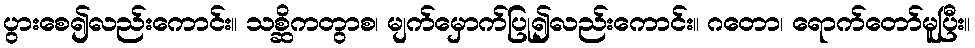
ပွားစေ၍လည်းကောင်း။ သစ္ဆိကတွာစ၊ မျက်မှောက်ပြု၍လည်းကောင်း။ ဂတော၊ ရောက်တော်မူပြီး။